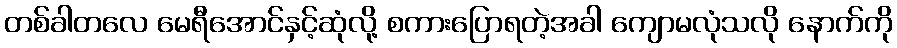
တစ်ခါတလေ မေရီအောင်နှင့်ဆုံလို့ စကားပြောရတဲ့အခါ ကျောမလုံသလို နောက်ကို